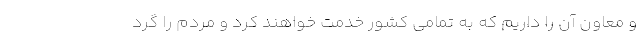
و معاون آن را داریم که به تمامی کشور خدمت خواهند کرد و مردم را گرد